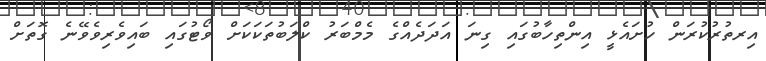
އިރތުރުކުރަން ހުށައެޅީ އިންތިހާބުގައި ގިނަ އަދަދެއްގެ މެމްބަރު ކްލަބުތަކަކަށް ވޯޓުގައި ބައިވެރިވެވޭނެ ގޮތަށް